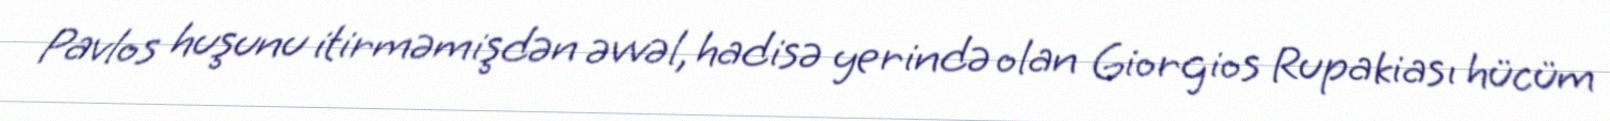
Pavlos huşunu itirməmişdən əvvəl, hadisə yerində olan Giorgios Rupakiası hücüm